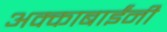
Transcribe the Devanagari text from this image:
अक्काबाईंनी